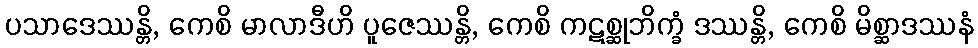
ပသာဒေဿန္တိ, ကေစိ မာလာဒီဟိ ပူဇေဿန္တိ, ကေစိ ကဋစ္ဆုဘိက္ခံ ဒဿန္တိ, ကေစိ မိစ္ဆာဒဿနံ